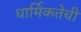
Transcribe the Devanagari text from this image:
धार्मिकतेची